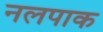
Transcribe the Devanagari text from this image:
नलपाक